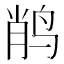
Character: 𲍸